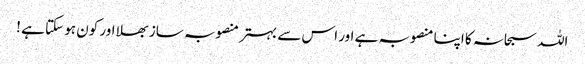
اللہ سبحانہ کا اپنا منصوبہ ہے اور اس سے بہتر منصوبہ ساز بھلا اور کون ہو سکتا ہے !